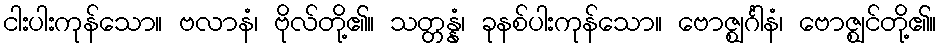
ငါးပါးကုန်သော။ ဗလာနံ၊ ဗိုလ်တို့၏။ သတ္တန္နံ၊ ခုနစ်ပါးကုန်သော။ ဗောဇ္ဈင်္ဂါနံ၊ ဗောဇ္ဈင်တို့၏။